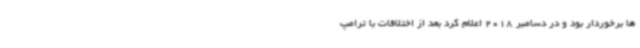
ها برخوردار بود و در دسامبر 2018 اعلام کرد بعد از اختلافات با ترامپ